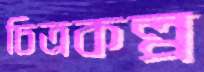
চিত্রকল্প